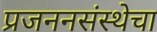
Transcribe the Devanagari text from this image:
प्रजननसंस्थेचा